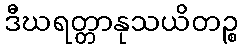
ဒီဃရတ္တာနုသယိတဉ္စ